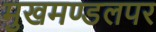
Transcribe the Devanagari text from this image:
मुखमण्डलपर